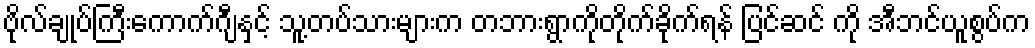
ဗိုလ်ချုပ်ကြီးကောက်ဂျီနှင့် သူ့တပ်သားများက တဘားရွာကိုတိုက်ခိုက်ရန် ပြင်ဆင် ကို အီဘင်ယူစွပ်က